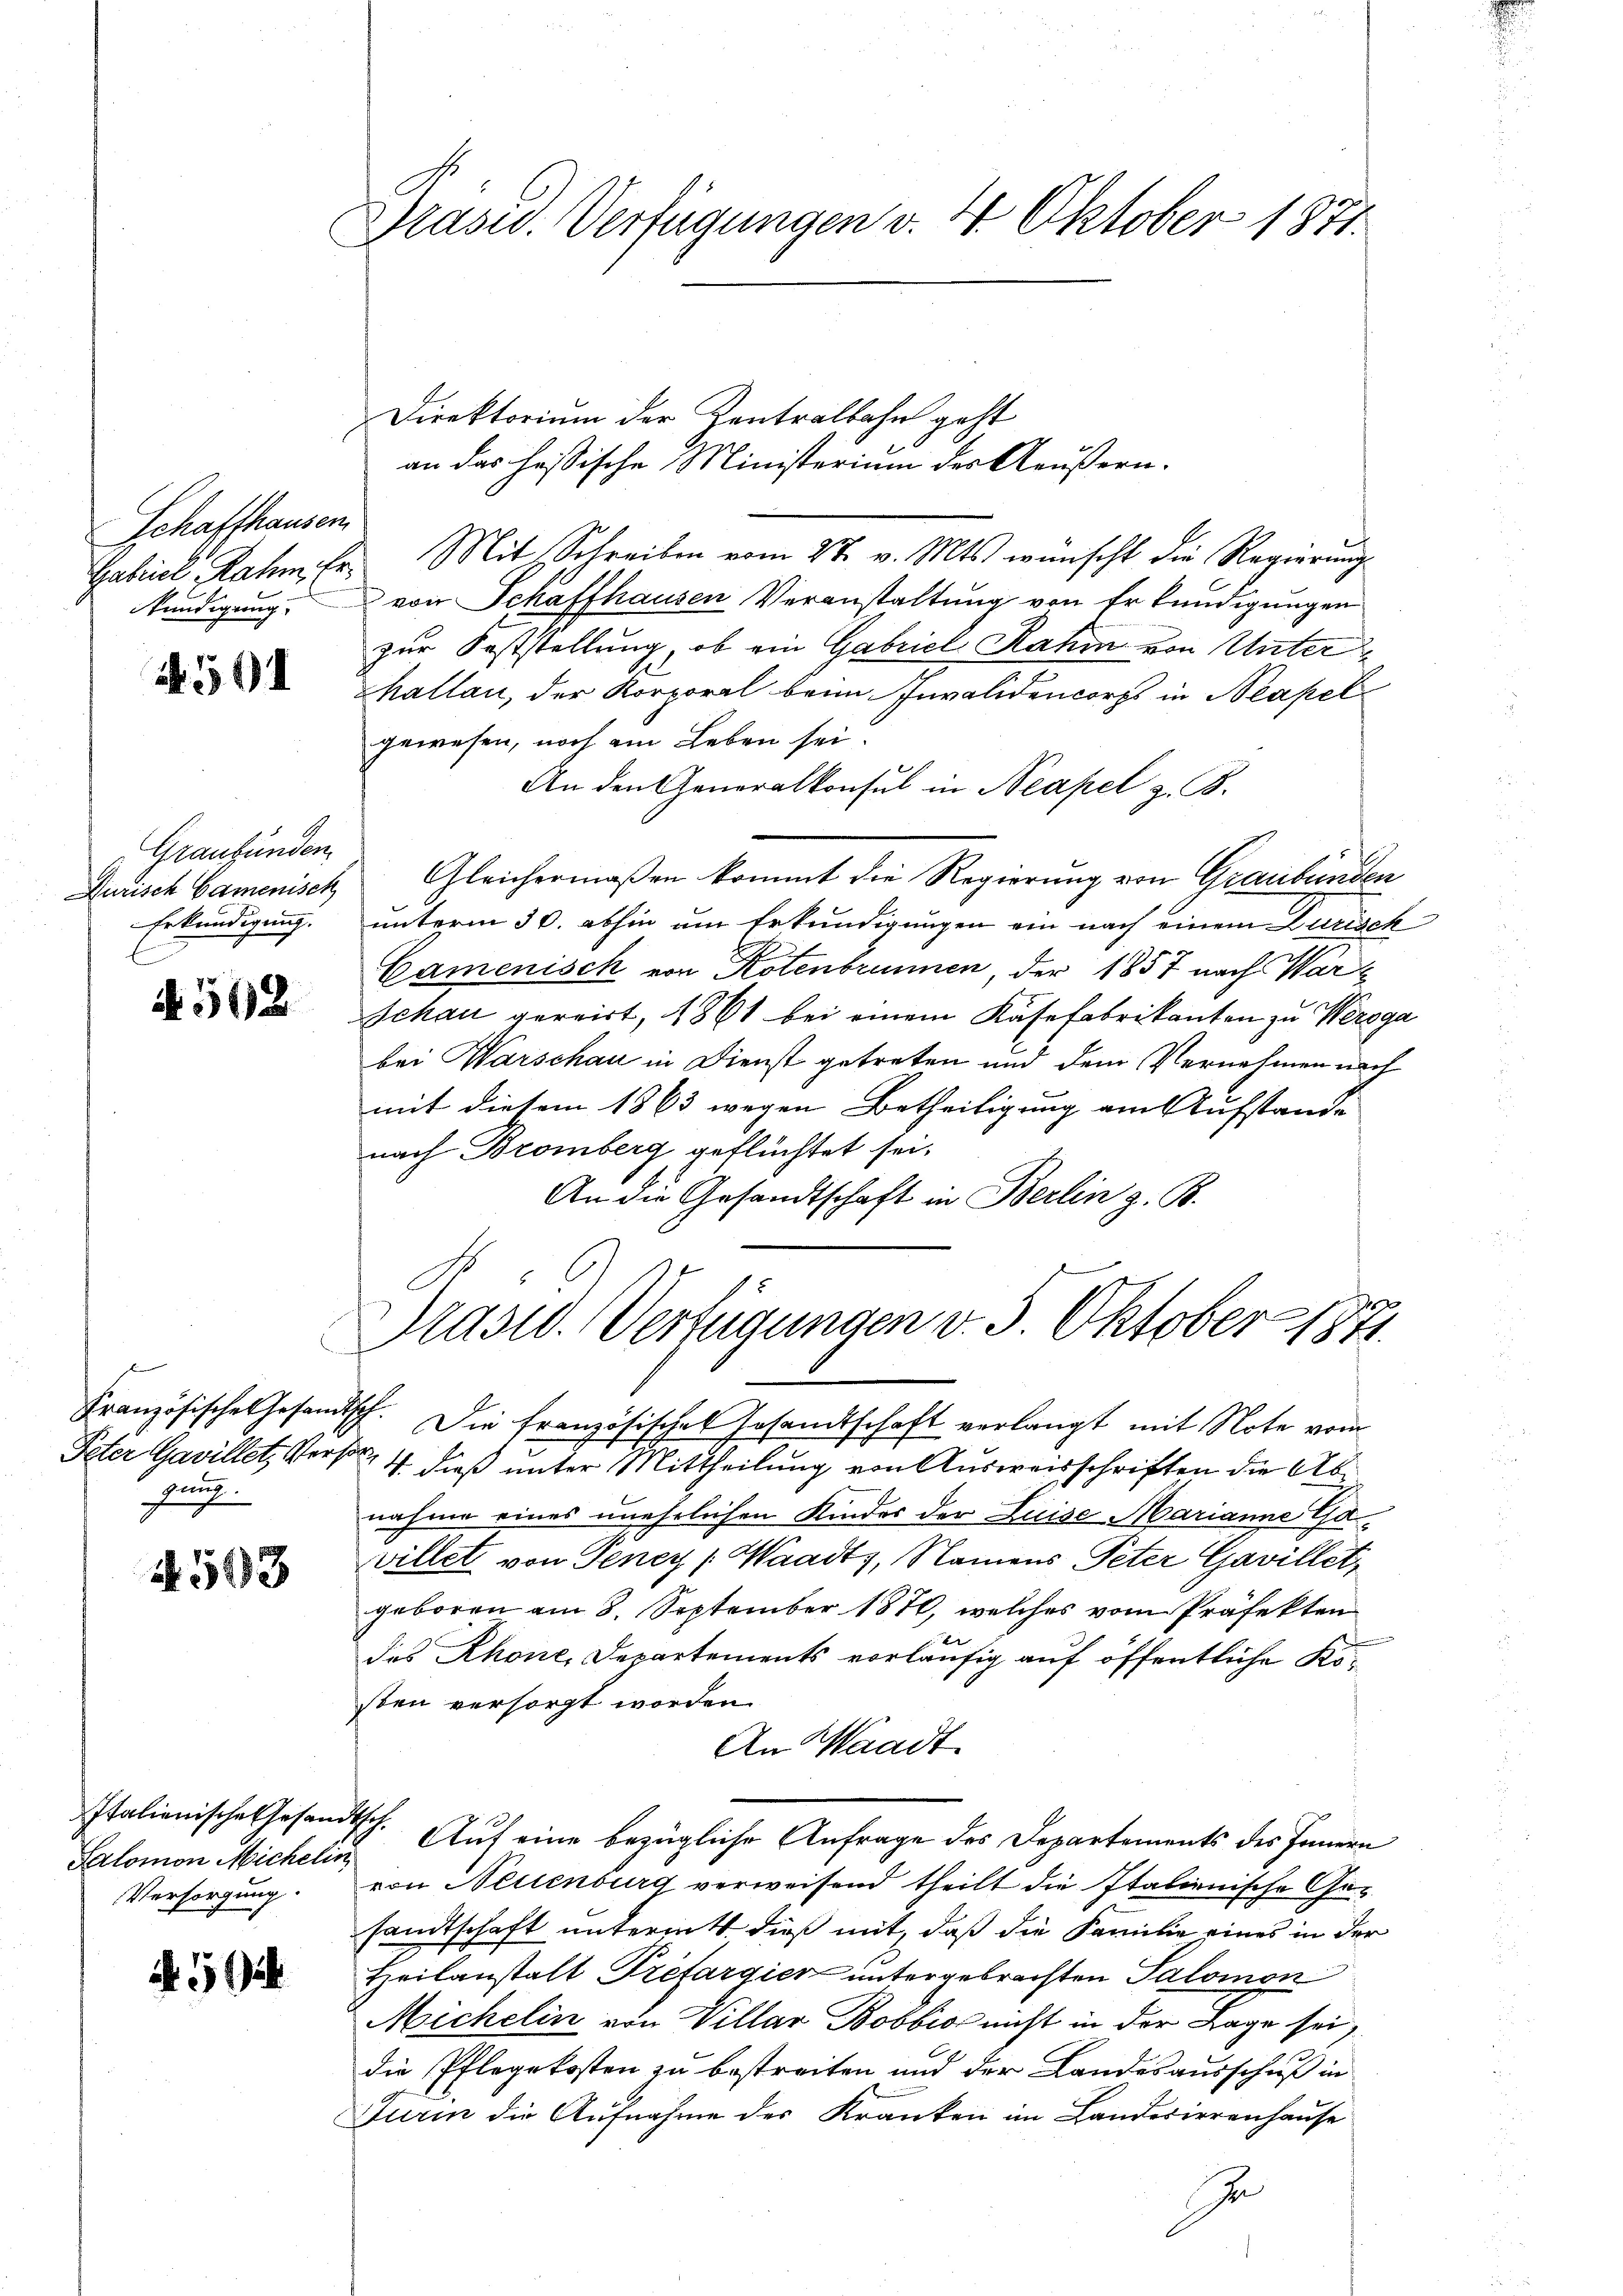
Schaffhausen
kündigung.

591

Graubünden
Erkundigung.

4502

f

453

Italienische Gesandtsch.
Salomon Michelin

A 5

Präsid.. Verfügungen v. 4. Oktober 1871.

Präsid. Verfügungen v. 5. Oktober 1871
C

Französische Gesandtsch. Die französisches Gesamtschaft verlangt mit Note vom
Peter Gavillet, Vers 4. dieß unter Mittheilung von Ausweisschriften die Abnahme eines unehrlichen Kinder der Luise Marianne Gavillet von Teney (Waadt, Namens Peter Gavillet,
geboren am 8. September 1870, welches vom Präfekten
des Rhone, Departements vorläufig auf öffentliche Kosten versorgt worden.
An Waadt
Auf eine bezügliche Anfrage des Departements des Innern
Versorgung von Neuenburg verweisend theilt die Italienische Gesandtschaft unternitt dieß mit, daß die Familie eines in der
Heilanstalt Trefargier untergebrachten Salomon
Michelin von Villar Bobbio nicht in der Lage sei,
die Pflegekosten zu bestreiten und der Landesausschuß in
Turin die Aufnahme des Kranken im Landesirrenhause
Zu

Direktorium der Zentralbahn geht
an das heissische Ministerium des Aeußern.
Gabriel Rahm. Er. Mit Schreiben vom 27. v. Mts. wünscht die Regierung
von Schaffhausen Veranstaltung von Erkundigungen
zur Feststellung, ob ein Gabriel Rahm von Unterhallau, der Korporal beim Invalidencorps in Neapel
gewesen, noch am Leben sei.
An den Generalkonsul in Neapel z. B.
Jurisch Camenisch, Gleichermaßen kommt die Regierung von Graubünden
unterm 30. abhin um Erkundigungen ein nach einem Jurisch
Camenisch von Kotenbrunnen, der 1857 nach War¬
Schau gereist, 1861 bei einem Kasefabrikanten zu Weroga
bei Warschau in Dienst getreten und dem Vernehmen nach
mit diesem 1863 wegen Betheiligung am Aufstande
nach Bromberg geflüchtet sei.
An die Gesandtschaft in Berlin z. B.